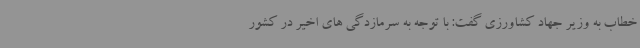
خطاب به وزیر جهاد کشاورزی گفت: با توجه به سرمازدگی های اخیر در کشور